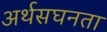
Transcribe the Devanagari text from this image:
अर्थसघनता